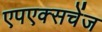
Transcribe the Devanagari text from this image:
एपएक्सचेंज